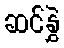
ဆင်နွှဲ